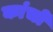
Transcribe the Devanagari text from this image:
कांचों